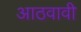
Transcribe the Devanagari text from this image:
आठवावी